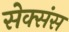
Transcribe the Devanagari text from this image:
सेक्संस